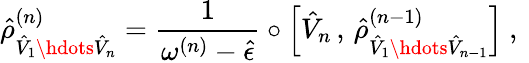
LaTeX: \hat{\rho}_{\hat{V}_{1}\hdots\hat{V}_{n}}^{(n)}=\frac{1}{\omega^{(n)}-\hat{\epsilon}}\circ\left[\hat{V}_{n}\, ,\, \hat{\rho}_{\hat{V}_{1}\hdots\hat{V}_{n-1}}^{(n-1)}\right]\mathrm{~,~}